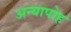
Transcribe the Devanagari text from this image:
अन्यापोह